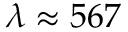
\lambda \approx 5 6 7